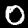
Label: 0